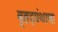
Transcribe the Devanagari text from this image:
बृहद्‌ग्रंथाचा